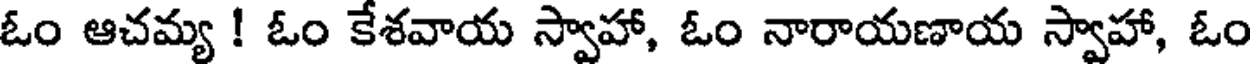
ఓం ఆచమ్య ! ఓం కేశవాయ స్వాహా, ఓం నారాయణాయ స్వాహా, ఓం